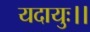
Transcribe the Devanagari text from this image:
यदायुः।।